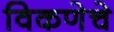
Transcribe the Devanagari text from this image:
विकणेचे